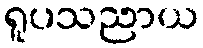
ရူပသညာယ